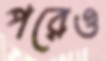
পরেও